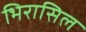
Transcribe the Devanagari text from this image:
भिरासिल